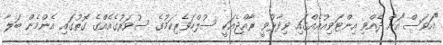
"އަވަސް"އަށް ދެއްވި އިންޓަވިއުއެއްގައި ވިދާޅުވީ ރާއްޖެއަކީ ސުލްހަވެރިކަމުގެ ސުވަރުގެއެއްގެ ގޮތުގައި އެންމެން ބަލާ